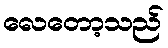
လေတော့သည်